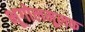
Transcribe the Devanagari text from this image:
भूगोलमूलक